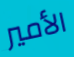
الأمير